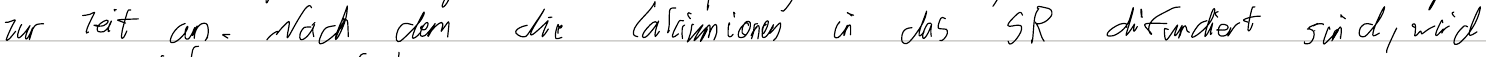
zur Zeit an. Nach dem die Calciumionen in das SR diffundiert sind, wird